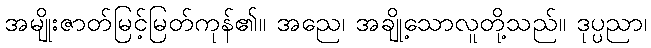
အမျိုးဇာတ်မြင့်မြတ်ကုန်၏။ အညေ၊ အချို့သောလူတို့သည်။ ဒုပ္ပညာ၊